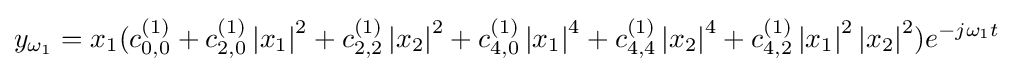
y_{\omega _{1}}=x_{1}(c_{0,0}^{(1)}+c_{2,0}^{(1)}\left\vert {x_{1}}\right\vert ^{2}+c_{2,2}^{(1)}\left\vert {x_{2}}\right\vert ^{2}+c_{4,0}^{(1)}\left\vert {x_{1}}\right\vert ^{4}+c_{4,4}^{(1)}\left\vert {x_{2}}\right\vert ^{4}+c_{4,2}^{(1)}\left\vert {x_{1}}\right\vert ^{2}\left\vert {x_{2}}\right\vert ^{2})e^{-j{\omega }_{1}t}